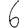
Digit: 6